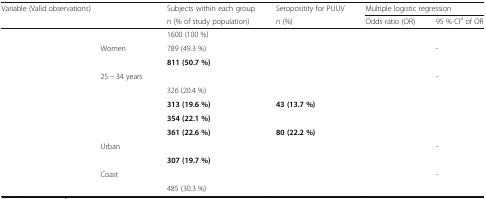
<table><thead><tr><td colspan="2" rowspan="2"><b>Variable (Valid observations)</b></td><td><b>Subjects within each group</b></td><td><b>Seropositity for PUUV</b></td><td colspan="2"><b>Multiple logistic regression</b></td></tr><tr><td><b>n (% of study population)</b></td><td><b>n (%)</b></td><td><b>Odds ratio (OR)</b></td><td><b>95 % CI<sup>a</sup> of OR</b></td></tr></thead><tbody><tr><td colspan="2">[EMPTY_CELL]</td><td>1600 (100 %)</td><td>[EMPTY_CELL]</td><td>[EMPTY_CELL]</td><td>[EMPTY_CELL]</td></tr><tr><td rowspan="2">[EMPTY_CELL]</td><td>Women</td><td>789 (49.3 %)</td><td>[EMPTY_CELL]</td><td>[EMPTY_CELL]</td><td>-</td></tr><tr><td>[EMPTY_CELL]</td><td><b>811 (50.7 %)</b></td><td>[EMPTY_CELL]</td><td>[EMPTY_CELL]</td><td>[EMPTY_CELL]</td></tr><tr><td rowspan="5">[EMPTY_CELL]</td><td>25 − 34 years</td><td>[EMPTY_CELL]</td><td>[EMPTY_CELL]</td><td>[EMPTY_CELL]</td><td>-</td></tr><tr><td>[EMPTY_CELL]</td><td>326 (20.4 %)</td><td>[EMPTY_CELL]</td><td>[EMPTY_CELL]</td><td>[EMPTY_CELL]</td></tr><tr><td>[EMPTY_CELL]</td><td><b>313 (19.6 %)</b></td><td><b>43 (13.7 %)</b></td><td>[EMPTY_CELL]</td><td>[EMPTY_CELL]</td></tr><tr><td>[EMPTY_CELL]</td><td><b>354 (22.1 %)</b></td><td>[EMPTY_CELL]</td><td>[EMPTY_CELL]</td><td>[EMPTY_CELL]</td></tr><tr><td>[EMPTY_CELL]</td><td><b>361 (22.6 %)</b></td><td><b>80 (22.2 %)</b></td><td>[EMPTY_CELL]</td><td>[EMPTY_CELL]</td></tr><tr><td rowspan="2">[EMPTY_CELL]</td><td>Urban</td><td>[EMPTY_CELL]</td><td>[EMPTY_CELL]</td><td>[EMPTY_CELL]</td><td>-</td></tr><tr><td>[EMPTY_CELL]</td><td><b>307 (19.7 %)</b></td><td>[EMPTY_CELL]</td><td>[EMPTY_CELL]</td><td>[EMPTY_CELL]</td></tr><tr><td rowspan="2">[EMPTY_CELL]</td><td>Coast</td><td>[EMPTY_CELL]</td><td>[EMPTY_CELL]</td><td>[EMPTY_CELL]</td><td>-</td></tr><tr><td>[EMPTY_CELL]</td><td>485 (30.3 %)</td><td>[EMPTY_CELL]</td><td>[EMPTY_CELL]</td><td>[EMPTY_CELL]</td></tr></tbody></table>